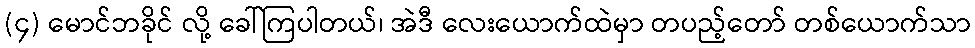
(၄) မောင်ဘခိုင် လို့ ခေါ်ကြပါတယ်၊ အဲဒီ လေးယောက်ထဲမှာ တပည့်တော် တစ်ယောက်သာ